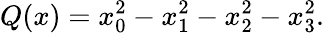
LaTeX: Q(x)=x_{0}^{2}-x_{1}^{2}-x_{2}^{2}-x_{3}^{2}.